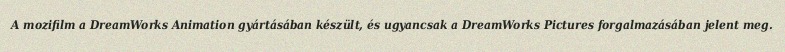
A mozifilm a DreamWorks Animation gyártásában készült, és ugyancsak a DreamWorks Pictures forgalmazásában jelent meg.